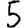
Digit: 5